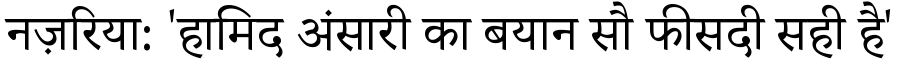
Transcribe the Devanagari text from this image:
नज़रिया: 'हामिद अंसारी का बयान सौ फीसदी सही है'